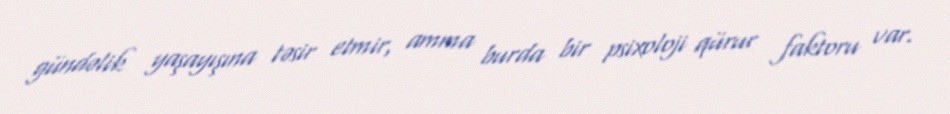
gündəlik yaşayışına təsir etmir, amma burda bir psixoloji qürur faktoru var.